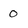
Character: 0